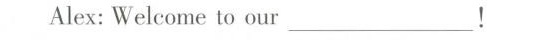
Alex:Welcome to our___!